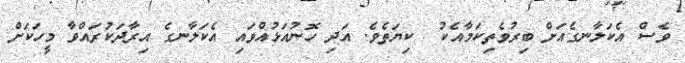
ވެސް އެކަލާނގެއަށް ބިރުވެތިކަމާއެކު  ކިޔަތެވެ. އަދި ހޮނުއަޅުއްވައި އެކަލާނގެ އިރާދަކުރައްވާ މީހަކަށް